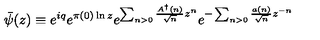
{ \bar { \psi } } ( z ) \equiv e ^ { i q } e ^ { \pi ( 0 ) \ln z } e ^ { \sum _ { n > 0 } \frac { A ^ { \dag } ( n ) } { \sqrt { n } } z ^ { n } } e ^ { - \sum _ { n > 0 } \frac { a ( n ) } { \sqrt { n } } z ^ { - n } }